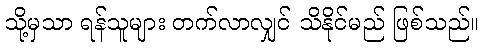
သို့မှသာ ရန်သူများ တက်လာလျှင် သိနိုင်မည် ဖြစ်သည်။